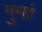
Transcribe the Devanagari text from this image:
गुमां